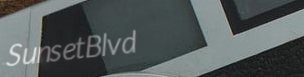
SunsetBlvd